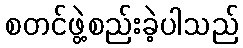
စတင်ဖွဲ့စည်းခဲ့ပါသည်